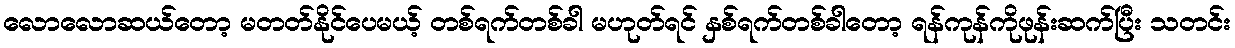
လောလောဆယ်တော့ မတတ်နိုင်ပေမယ့် တစ်ရက်တစ်ခါ မဟုတ်ရင် နှစ်ရက်တစ်ခါတော့ ရန်ကုန်ကိုဖုန်းဆက်ပြီး သတင်း